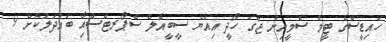
ހައިޑީސްގެ ޓީމް ސެމީއިން ޖާގަ ހޯދީ އިއްޔެ ސީބީއެލް ސްޕޯރޓްސްއާި ބައްދަލުކޮށް 9